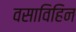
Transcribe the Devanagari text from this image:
वसाविहिन